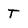
Character: T